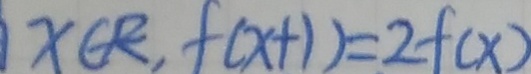
x \in R , f ( x + 1 ) = 2 f ( x )